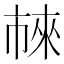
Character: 𬽖